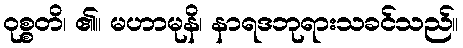
ဝုစ္စတိ၊ ၏။ မဟာမုနိ၊ နာရဒဘုရားသခင်သည်။